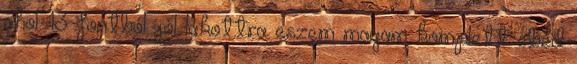
ahol 13 fontból jól lakottra eszem magam komplett ebéd